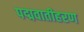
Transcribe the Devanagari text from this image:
पद्मवातीहरण